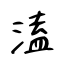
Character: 溘